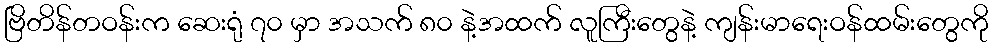
ဗြိတိန်တဝန်းက ဆေးရုံ ၇၀ မှာ အသက် ၈၀ နဲ့အထက် လူကြီးတွေနဲ့ ကျန်းမာရေးဝန်ထမ်းတွေကို